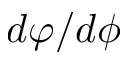
d \varphi / d \phi